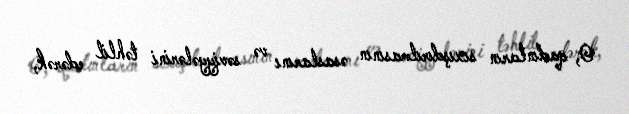
O, qadınların sıxışdırılmasının əsaslarını və səviyyələrini təhlil edərək,